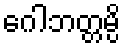
ဂေါဘတ္တမ္ပိ